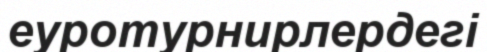
еуротурнирлердегі